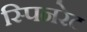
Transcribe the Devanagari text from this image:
स्पिनरेट